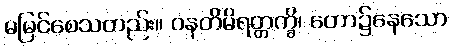
မမြင်စေသတည်း။ ဝနတိမိရတ္တက္ခိ၊ တော၌နေသော